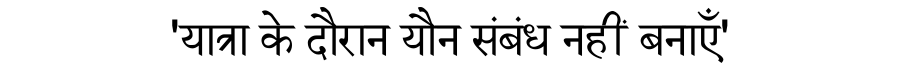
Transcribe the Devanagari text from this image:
'यात्रा के दौरान यौन संबंध नहीं बनाएँ'